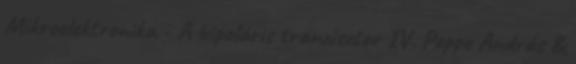
Mikroelektronika - A bipoláris tranzisztor IV. Poppe András &